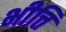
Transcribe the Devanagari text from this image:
भीत्ति